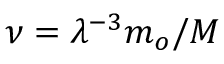
\nu = \lambda ^ { - 3 } m _ { o } / M